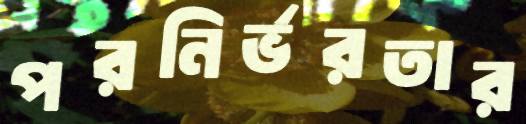
পরনির্ভরতার